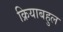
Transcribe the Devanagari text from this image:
क्रियाबहुल